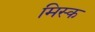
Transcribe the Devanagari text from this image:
मिस्क